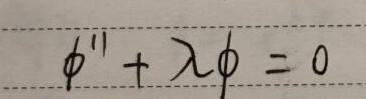
\[
\phi'' + \lambda\phi = 0
\]